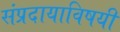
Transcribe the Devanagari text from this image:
संप्रदायाविषयी